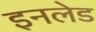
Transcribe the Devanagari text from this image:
इनलेड